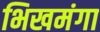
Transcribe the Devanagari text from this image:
भिखमंगा